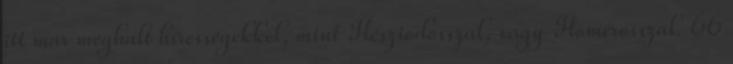
itt már meghalt hírességekkel, mint Hésziodosszal, vagy Homérosszal. 66